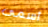
أسمى